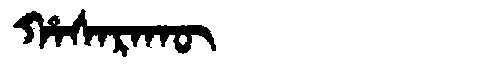
Manchu: ᡥᠠᠰᠠᡵᠠᡴᡡ
Romanization: HASARAKŪ